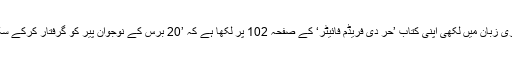
اس مقدمے کے حوالے سے سینئر صحافی نصیر اعجاز نے انگریزی زبان میں لکھی اپنی کتاب ’حُر دی فریڈم فائیٹر‘ کے صفحہ 102 پر لکھا ہے کہ ’20 برس کے نوجوان پیر کو گرفتار کرکے سکھر کے سٹی میجسٹریٹ ادھے رام کی عدالت میں مقدمہ چلایا گیا۔